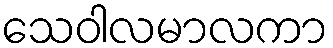
သေဝါလမာလကာ